Annual statistical returns and brief notes on vaccination in Bengal - 1896-1909
Year: 1896
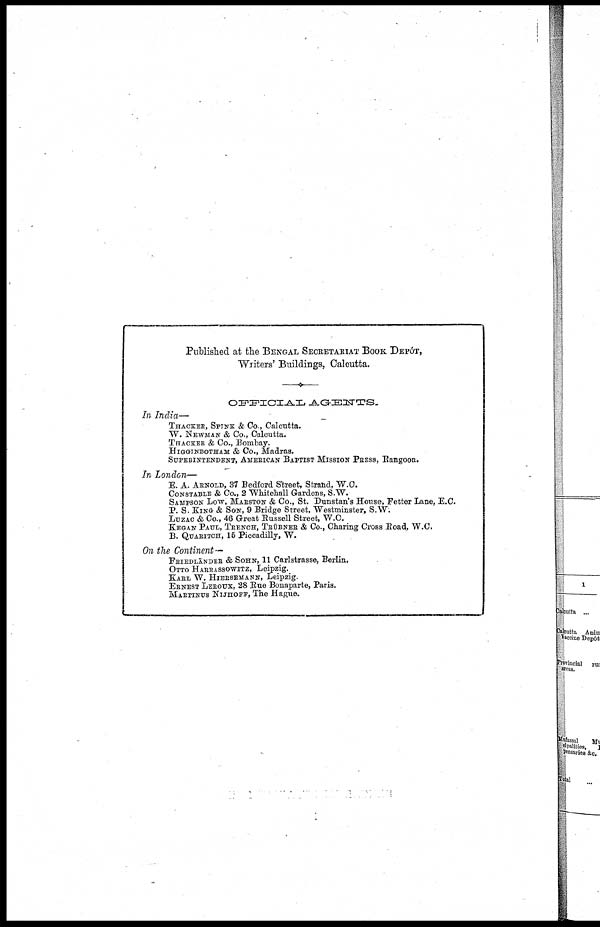
Published at the BENGAL SECRETARIAT BOOK DEPÔT,
Writers' Buildings, Calcutta.
OFFICIAL
AGENTS.
In India—
THACHER, SPINK & Co., Calcutta.
W. NEWMAN & Co., Calcutta.
THACKER & Co., Bombay.
HIGGINBOTHAM & Co., Madras.
SUPERINTENDENT, AMERICAN BAPTIST MISSION PRESS, Rangoon.
In London—
E. A. ARNOLD, 37 Bedford Street, Strand, W.C.
CONSTABLE & Co., 2 Whitehall Gardens, S.W.
SAMPSON LOW, MARSTON & Co., St. Dunstan's House, Fetter Lane, E.C.
P. S. KING & SON, 9 Bridge Street, Westminster, S.W.
LUZAC & Co., 46 Great Russell Street, W.C.
KEGAN PAUL, TRENCH, TRÜBNER & Co., Charing Cross Road, W.C.
B. QUARITCH, 15 Piccadilly, W.
On the Continent—
FRIENLÄNDER & SOHN, 11 Carlstrasse, Berlin.
OTTO HARRASSOWITZ, Leipzig.
KARL W. HIERSEMANN, Leipzig.
ERNEST LEROUX, 28 Rue Bonaparte, Paris.
MARTINUS NIJHOFF, The Hague.